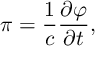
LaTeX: \pi = \frac { 1 } { c } \frac { \partial \varphi } { \partial t } ,